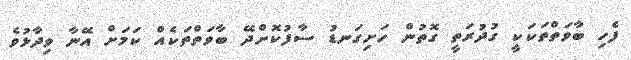
ފެހި ބާވަތްތަކަކީ ގުދުރަތީ ގޮތުން ހަށިގަނޑު ސާފުކޮށްދޭ ބާވަތްތަކެއް ކަމަށް އޭނާ ވިދާޅުވެ